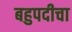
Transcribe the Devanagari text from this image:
बहुपदीचा